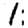
Digit: 1